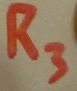
Text: R3